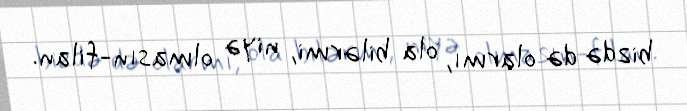
bizdə də olarmı, ola bilərmi, niyə olmasın-filan.